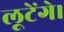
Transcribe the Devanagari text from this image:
लूटेंगे।